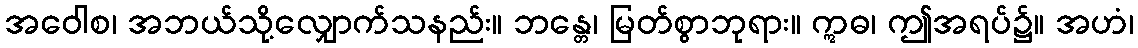
အဝေါစ၊ အဘယ်သို့လျှောက်သနည်း။ ဘန္တေ၊ မြတ်စွာဘုရား။ ဣဓ၊ ဤအရပ်၌။ အဟံ၊